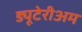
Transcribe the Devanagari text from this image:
ड्यूटेरीअम